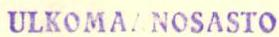
ULKOMAANOSASTO